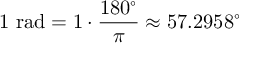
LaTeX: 1 { \mathrm { ~ r a d } } = 1 \cdot { \frac { 1 8 0 ^ { \circ } } { \pi } } \approx 5 7 . 2 9 5 8 ^ { \circ }